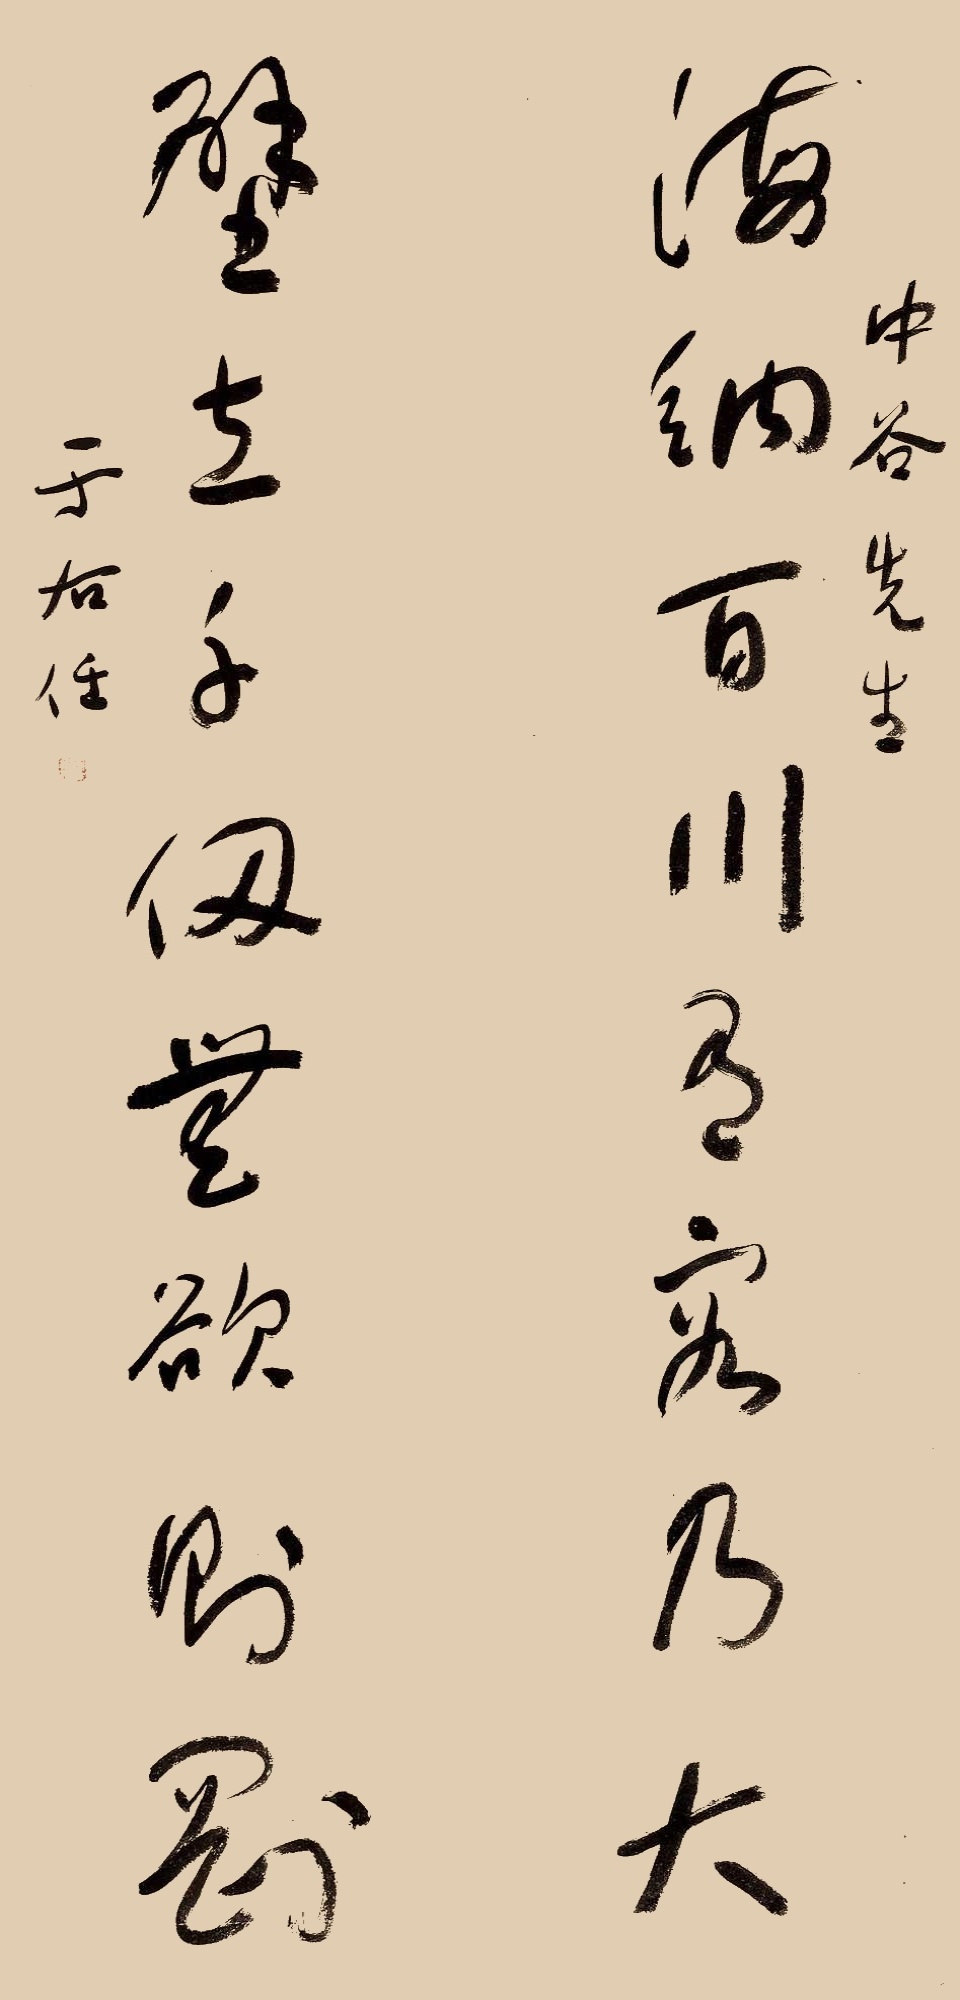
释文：海纳百川有容乃大，壁立千仞无欲则刚。中谷先生。于右任。